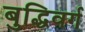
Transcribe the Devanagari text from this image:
बुद्धिवर्ग